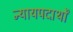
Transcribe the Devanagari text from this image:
न्यायपदार्थों